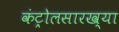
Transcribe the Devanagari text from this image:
कंट्रोलसारख्या